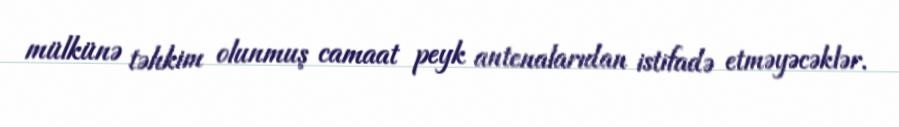
mülkünə təhkim olunmuş camaat peyk antenalarıdan istifadə etməyəcəklər.